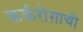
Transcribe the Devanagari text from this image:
कर्करोग़ाची